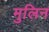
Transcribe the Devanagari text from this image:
मुलिन